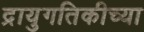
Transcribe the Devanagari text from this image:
द्रायुगतिकीच्या